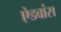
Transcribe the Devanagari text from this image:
ऐडवांस